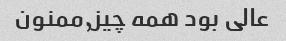
عالی بود همه چیز,ممنون